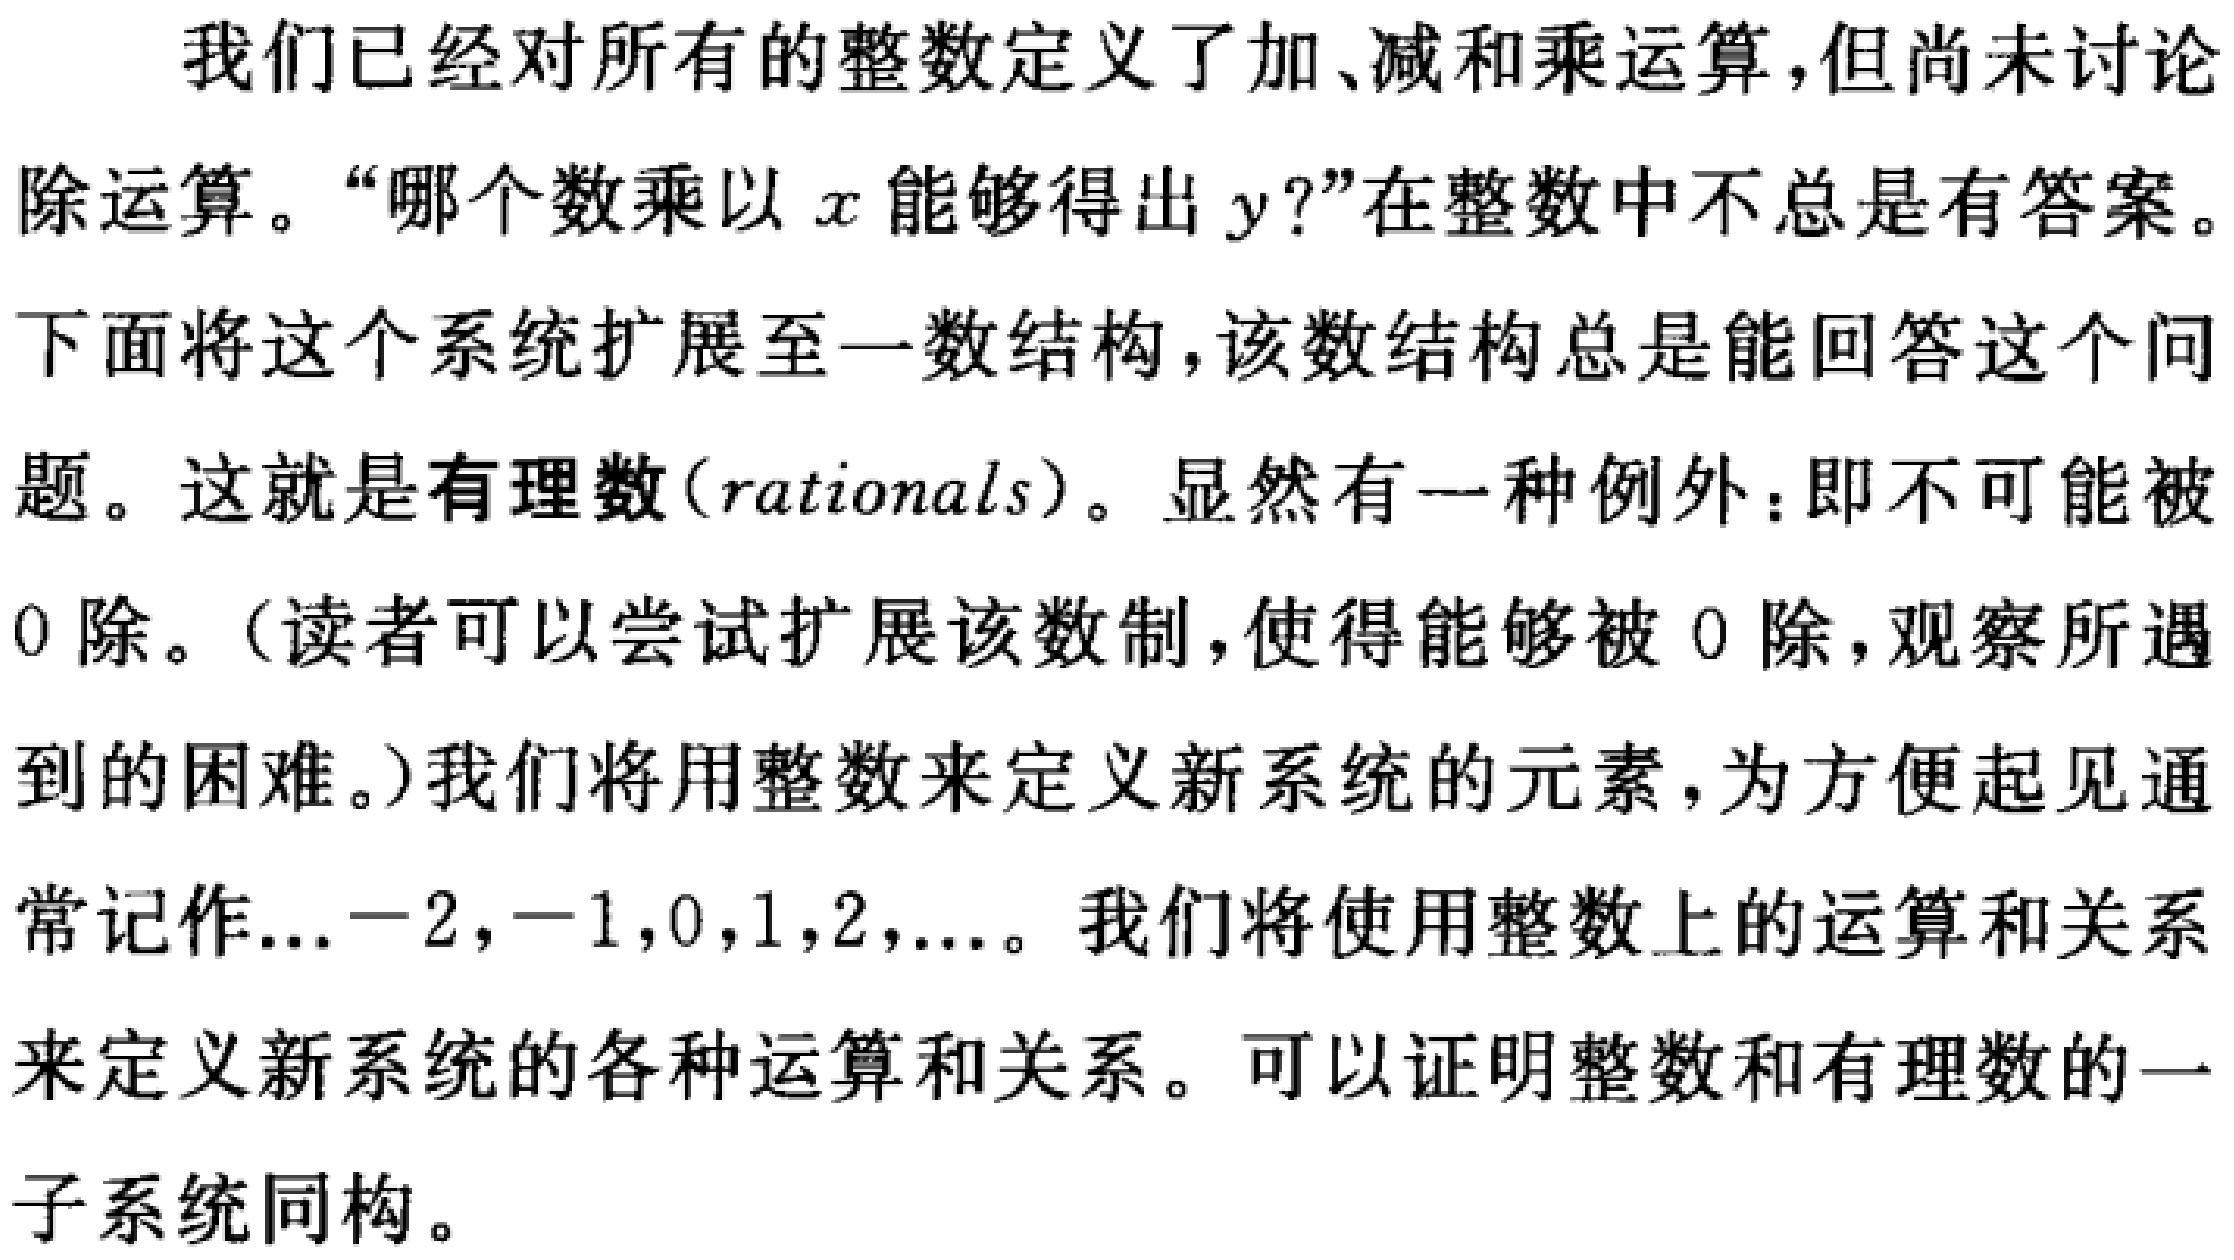
我们已经对所有的整数定义了加、减和乘运算,但尚未讨论
除运算。“哪个数乘以 \(x\) 能够得出 \(y\)?”在整数中不总是有答案。
下面将这个系统扩展至一数结构, 该数结构总是能回答这个问
题。这就是有理数（rationals）。显然有一种例外：即不可能被
0 除。（读者可以尝试扩展该数制,使得能够被 0 除,观察所遇
到的困难。）我们将用整数来定义新系统的元素,为方便起见通
常记作\(\ldots -2,-1,0,1,2,\ldots\)。我们将使用整数上的运算和关系
来定义新系统的各种运算和关系。可以证明整数和有理数的一
子系统同构。